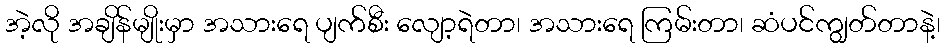
အဲ့လို အချိန်မျိုးမှာ အသားရေ ပျက်စီး လျော့ရဲတာ၊ အသားရေ ကြမ်းတာ၊ ဆံပင်ကျွတ်တာနဲ့၊